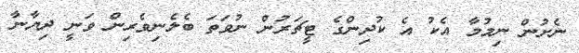
ނެށުން ނިމުމާ އެކު އެ ކުދިންގެ ޓީޗަރުން ނުވަތަ ބެލެނިވެރިން ވަނީ ދިޔާނާ